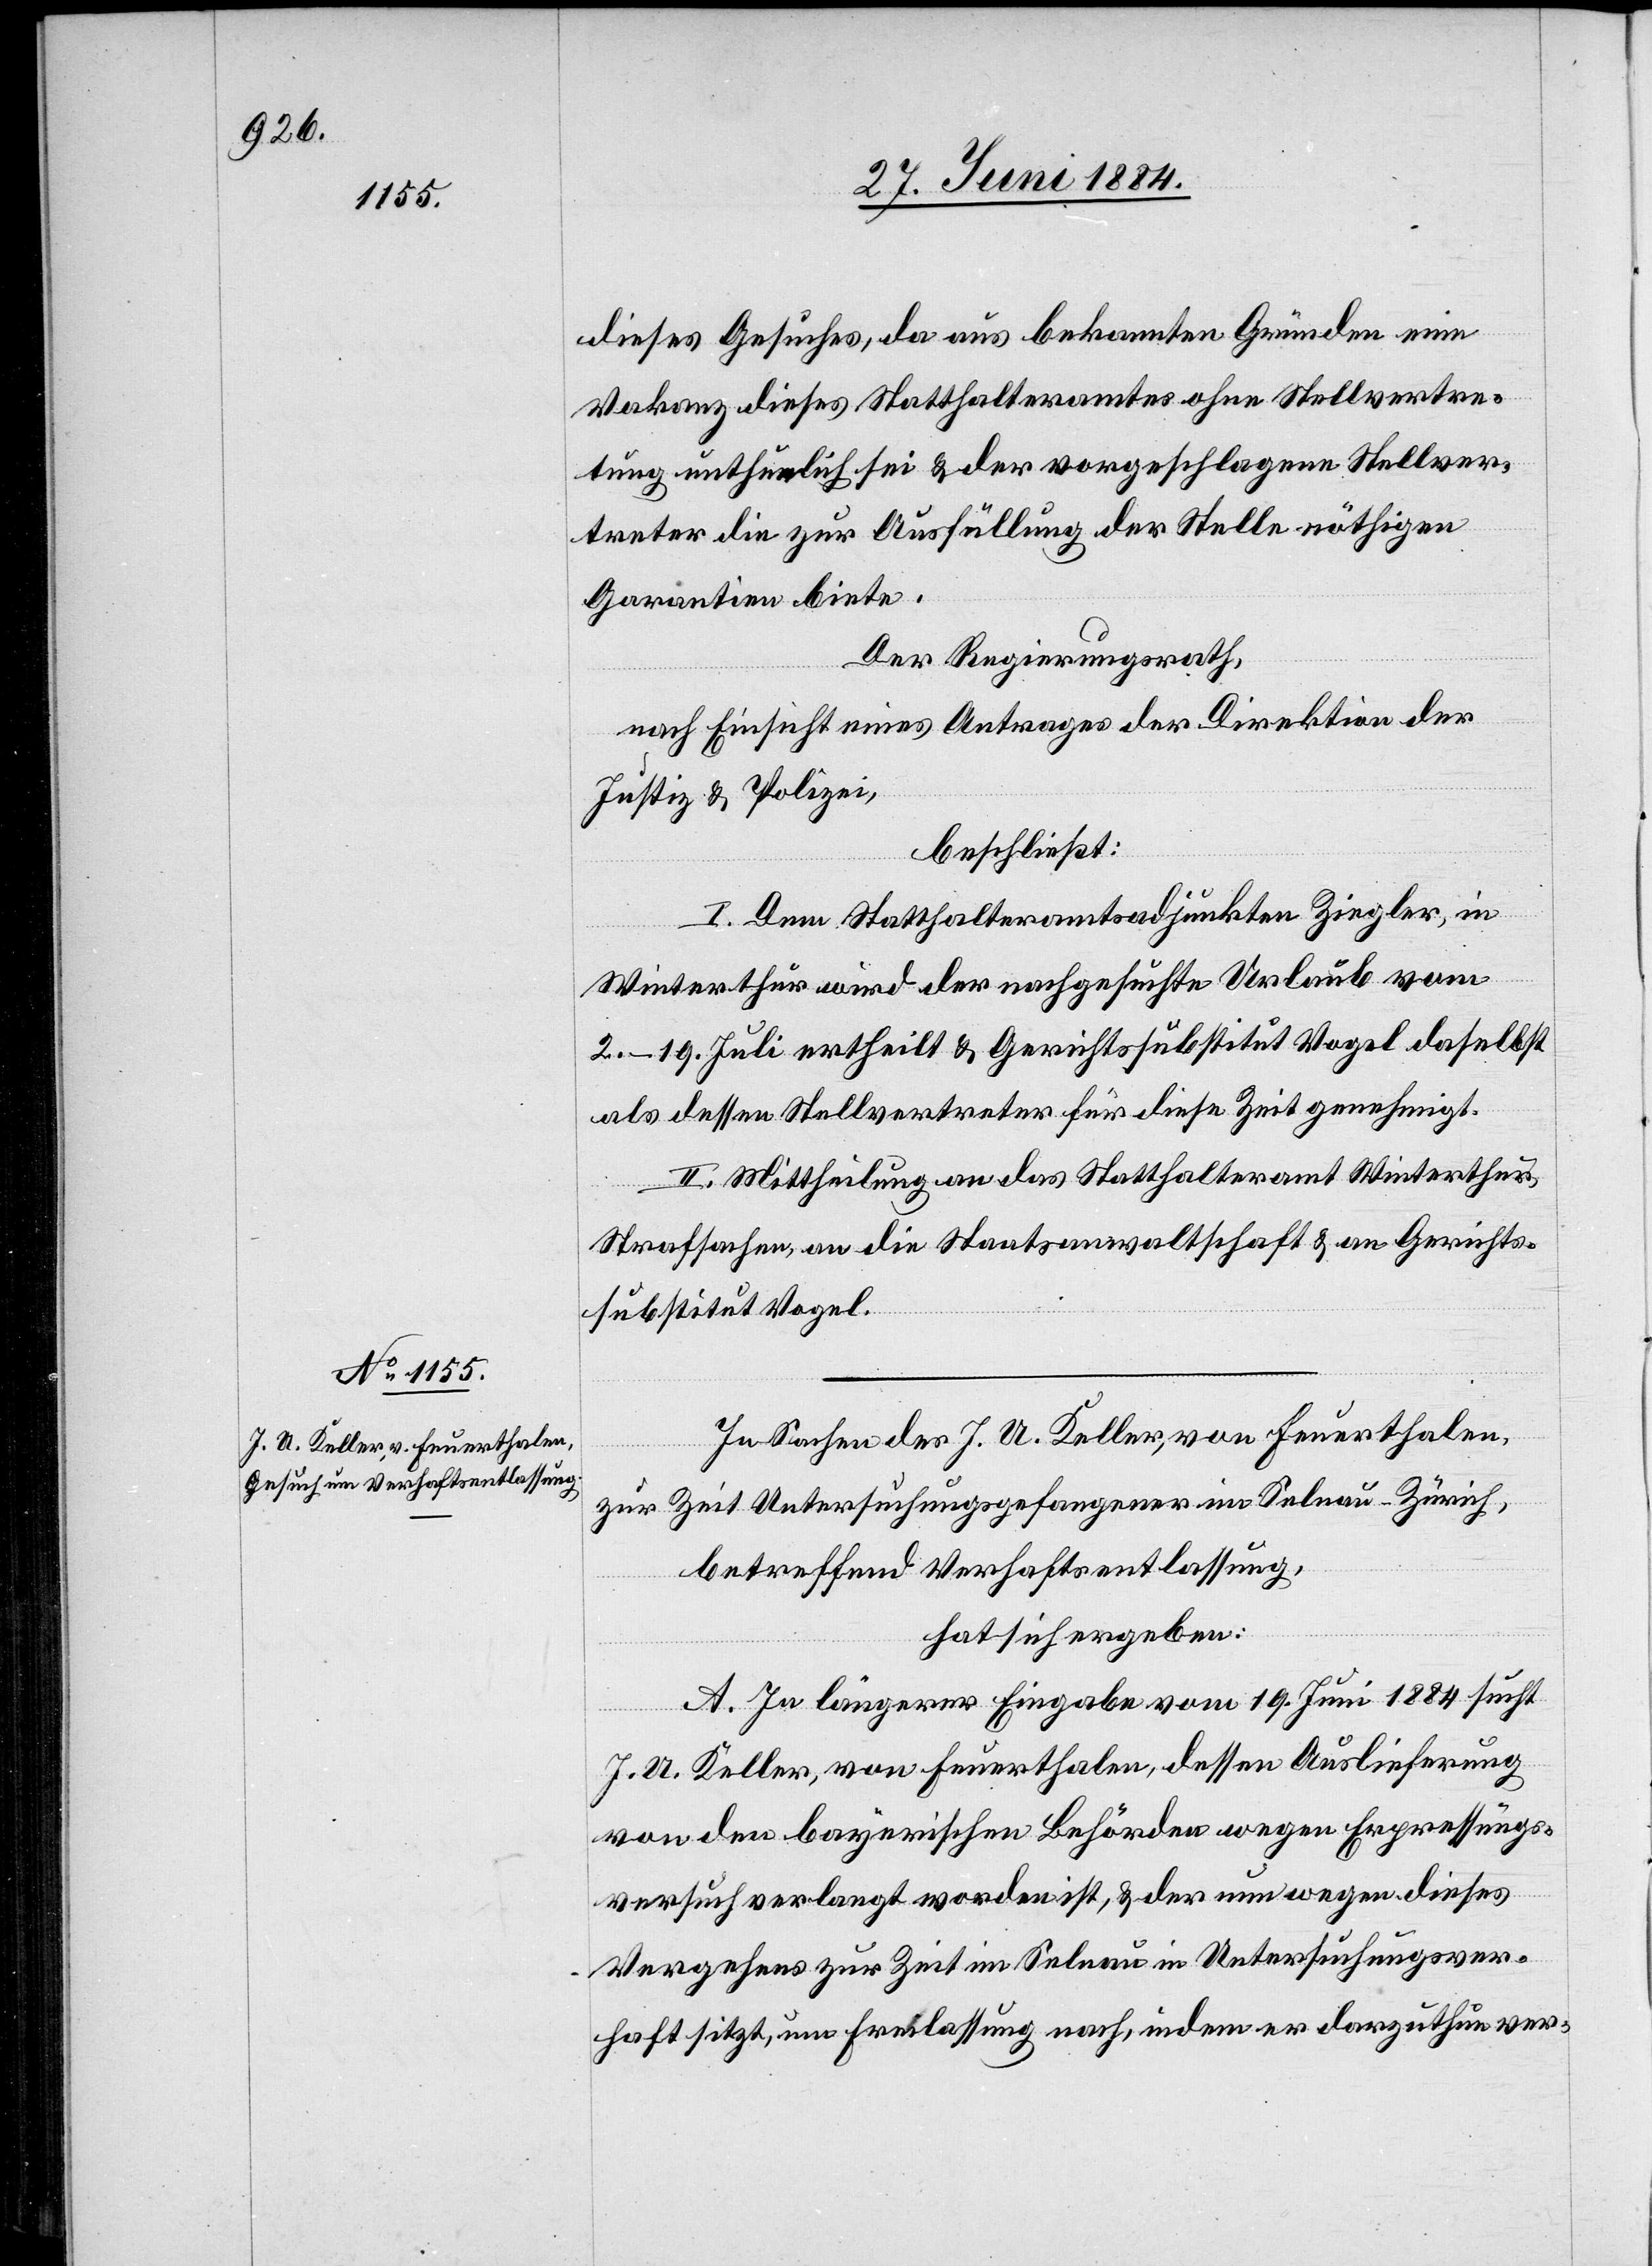
dieses Gesuches, da aus bekannten Gründen eine
Vakanz dieses Statthalteramtes ohne Stellvertre¬
tung unthunlich sei & der vorgeschlagene Stellver¬
treter die zur Ausfüllung der Stelle nöthigen
Garantien biete.
Der Regierungsrath,
nach Einsicht eines Antrages der Direktion der
Justiz & Polizei,
beschließt:
I. Dem Statthalteramtsadjunkten Ziegler, in
Winterthur wird der nachgesuchte Urlaub vom
2.–19. Juli ertheilt & Gerichtssubstitut Vogel daselbst
als dessen Stellvertreter für diese Zeit genehmigt.
II. Mittheilung an das Statthalteramt Winterthur,
Strafsachen, an die Staatsanwaltschaft & an Gerichts¬
substitut Vogel.
In Sachen des J. A. Keller, von Feuerthalen,
zur Zeit Untersuchungsgefangener im Selnau - Zürich,
betreffend Verhaftsentlassung,
hat sich ergeben:
A. In längerer Eingabe vom 19. Juni 1884 sucht
J. A. Keller, von Feuerthalen, dessen Auslieferung
von den bayerischen Behörden wegen Erpressungs¬
versuch verlangt worden ist, & der nun wegen dieses
Vergehens zur Zeit im Selnau in Untersuchungsver¬
haft sitzt, um Freilassung nach, indem er darzuthun ver-